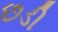
છડી